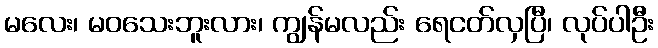
မလေး၊ မဝသေးဘူးလား၊ ကျွန်မလည်း ရေငတ်လှပြီ၊ လုပ်ပါဦး